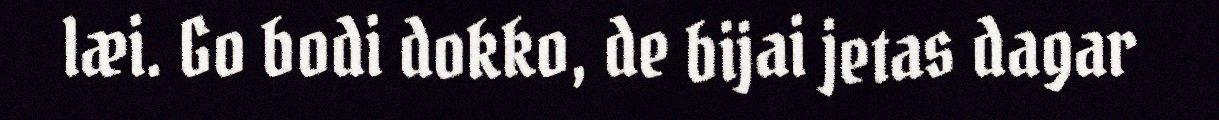
læi. Go bodi dokko, de bijai jetas dagar